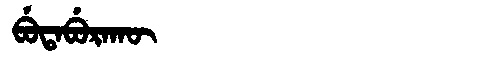
Manchu: ᠪᡠᡨᠠᠪᡠᡵᠠᡴᡡ
Romanization: BUTABURAKŪ